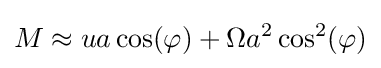
M\approx ua\cos(\varphi )+\Omega a^{2}\cos ^{2}(\varphi )